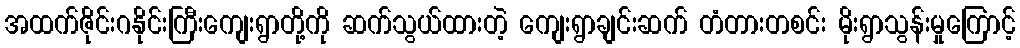
အထက်ဇိုင်းဂနိုင်းကြီးကျေးရွာတို့ကို ဆက်သွယ်ထားတဲ့ ကျေးရွာချင်းဆက် တံတားတစင်း မိုးရွာသွန်းမှုကြောင့်